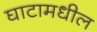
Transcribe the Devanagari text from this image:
घाटामधील